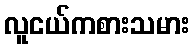
လူငယ်ကစားသမား